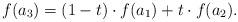
LaTeX: \begin{align*}f(a_3)=(1-t) \cdot f(a_1) + t \cdot f(a_2).\end{align*}